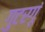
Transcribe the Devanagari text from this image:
गुटरगूं